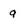
Character: 9